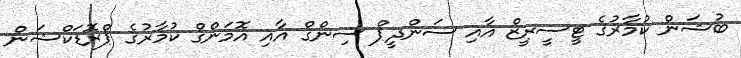
ބުޝަން ކުމާރުގެ ޓީސީރީޒް އާއި ސަންދީޕް ސިންގް އާއި އޮމަންގް ކުމާރުގެ ޕްރޮޑަކްޝަން